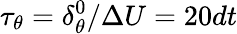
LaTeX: \tau_{\theta}=\delta_{\theta}^{0}/\Delta U=20dt